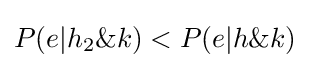
P(e|h_{2}\&k)<P(e|h\&k)